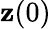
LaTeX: \mathbf{z}(0)